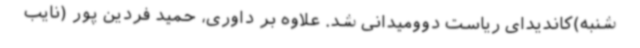
شنبه)کاندیدای ریاست دوومیدانی شد. علاوه بر داوری، حمید فردین پور (نایب